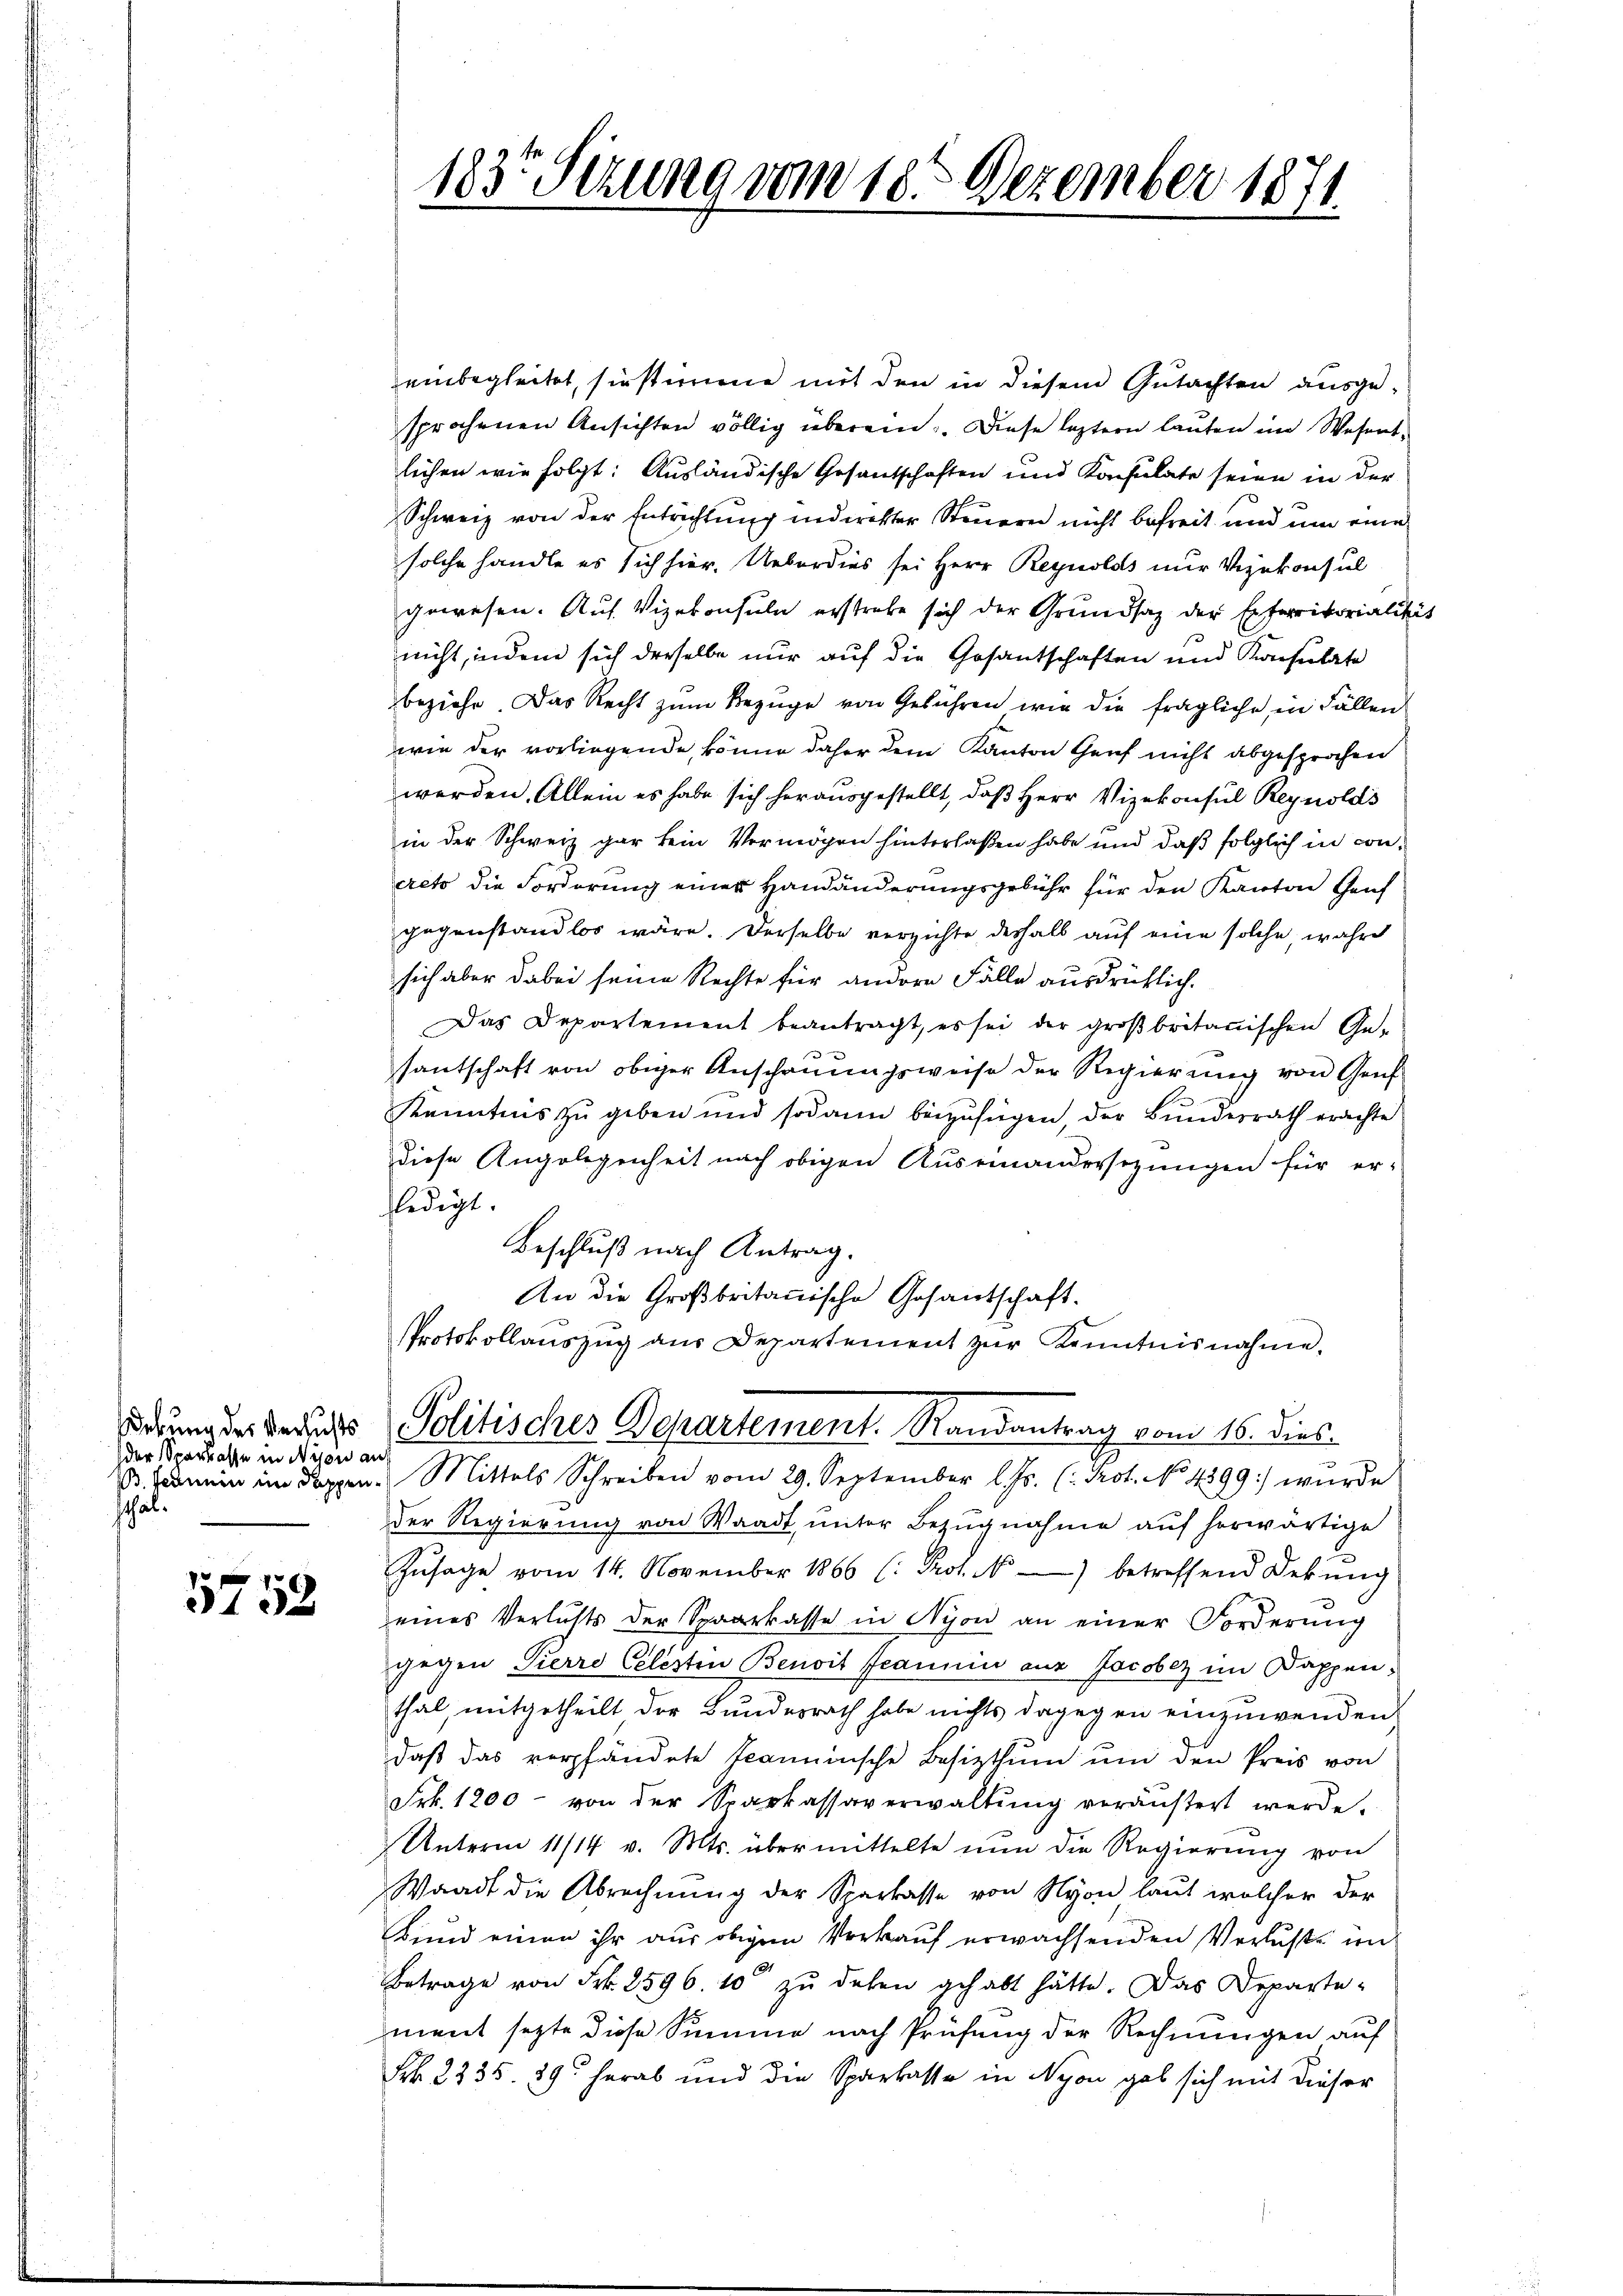
der Sparkasse in Nyon auf
schal¬

5758

183 Sizung vom 18. Dezember 1871.

einbegleitet, sie stimme mit den in diesem Gutachten ausgesprochenen Ansichten völlig überein. Diese leztern lauten im Wesentlichen wie folgt: Ausländische Gesantschaften und Konsulate seien in der
Schweiz von der Entrichtung indirekter Steuern nicht befreit und um eine
solche handle es sich hier. Ueberdies sei Herr Reynolds nur Vizekonsul
gewesen. Auf Vizekonsuln erstrebe sich der Grundsaz der Eiferritorialitä
nicht, indem sich derselbe nur auf die Gesantschaften und Konsulate
beziehe. Das Recht zum Bezuge von Gebühren wie die fragliche in Fällen
wie der vorliegende, könne daher dem Kanton Genf nicht abgesprochen
werden. Allein es habe sich herausgestellt, daβ Herr Vizekonsul Reynolds
in der Schweiz gar kein Vermögen hinterlaßen habe und daß folglich in conacto die Forderung einer Handänderungsgebühr für den Kanton Genf
gegenstandlos wäre. Derselbe verzichte deshalb auf eine solche, wahre
sich aber dabei seine Rechte für andere Fälle ausdrücklich.
Das Departement beantragt, es sei der groβbritanischen Ge-
santschaft von obiger Anschauungsweise der Regierung von Genf
Kenntnis zu geben und sodann beizufügen, der Bundesrath erachte
diese Angelegenheit nach obigen Auseinandersezungen für er-
ledigt.
Beschluß nach Antrag.
An die Großbritannische Gesandtschaft.
Protokollaŭszŭg aŭs Departement zŭr Kenntnisnahme,
darum der Besuchs Politisches Departement. Randantrag vom 16. dies
B. Formen im doppen. Mittels Schreiben vom 29. September l. Js. (: Prot. No 4899) wurde
der Regierung von Waadt, unter Bezugnahme auf herwärtige
Zŭsage vom 14. November 1866 (: Prot. N. betreffend Dekŭng
eines Verlusts der Sparkasse in Nyon an einer Forderung
gegen Pierro Celestin Benoit Jeannia aus Jacobez im Dappenthal, mitgetheilt der Bundesrath habe nichts dagegen einzuwenden,
daß das verpfändete Jeaminsche Besitzthum um den Preis von
Frk. 1200 - von der Sparkassaverwaltŭng veräußert werde.
Unterm 11/14 v. Mts. übermittelte nun die Regierung von
Waadt die Abrechnung der Sparkasse von Nyon, laut welcher der
Bund einen ihr aus obigem Verkauf erwachsenden Verluste un
Betrage von Frk. 2596. 10 zu dehen gehabt hätte. Das Departement sezte diese Summe nach Prüfung der Rechnungen auf
Frk. 2235. 89 herab und die Sparkasse in Nyon gab sich mit dieser